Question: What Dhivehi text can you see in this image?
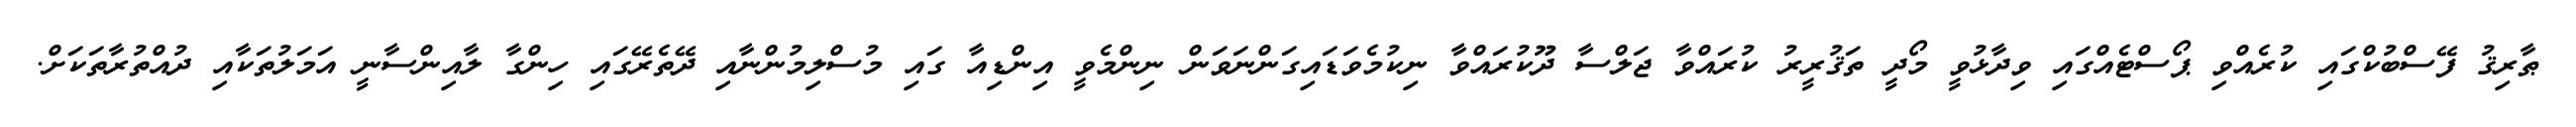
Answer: ޠާރިޤު ފޭސްބުކްގައި ކުރެއްވި ޕޯސްޓެއްގައި ވިދާޅުވީ މޯދީ ތަޤުރީރު ކުރައްވާ ޖަލްސާ ދޫކުރައްވާ ނިކުމެވަޑައިގަންނަވަން ނިންމެވީ އިންޑިއާ ގައި މުސްލިމުންނާއި ދޭތެރޭގައި ހިންގާ ލާއިންސާނީ އަމަލުތަކާއި ދުއްތުރާތަކަށް.